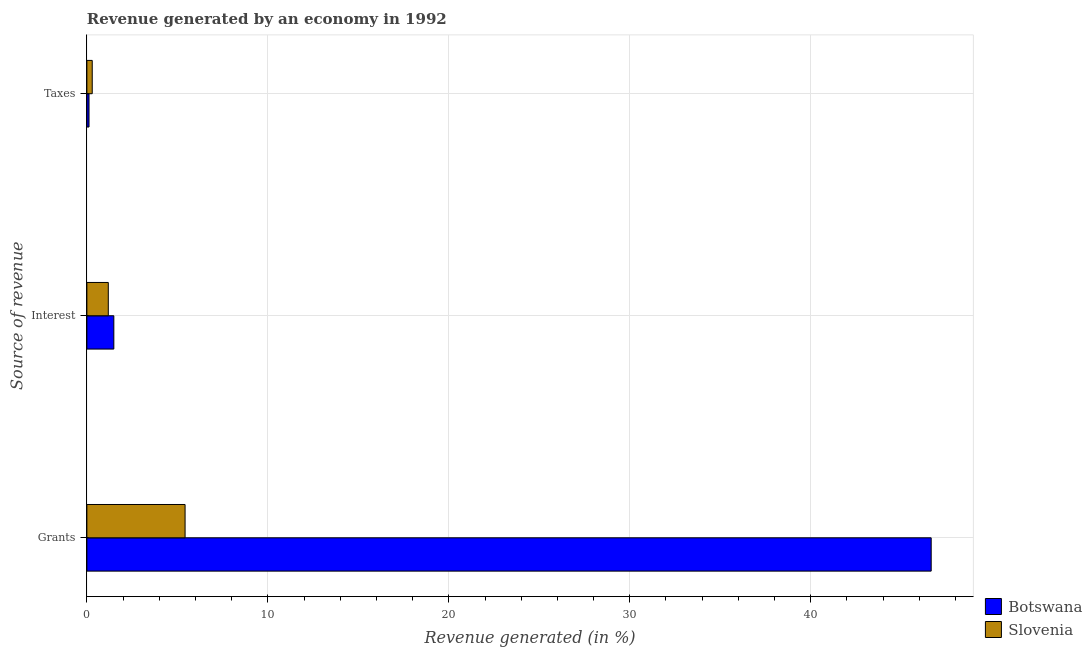
| Source of revenue | Botswana | Slovenia |
 | --- | --- | --- |
 | Grants | 46.7 | 5.43 |
 | Interest | 1.49 | 1.18 |
 | Taxes | 0.118 | 0.296 |